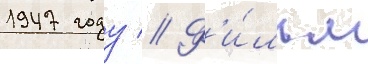
1947 году // Ф'и́льм